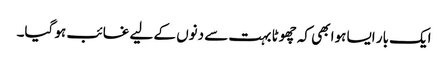
ایک بار ایسا ہوا بھی کہ چھوٹا بہت سے دنوں کے لیے غائب ہو گیا۔